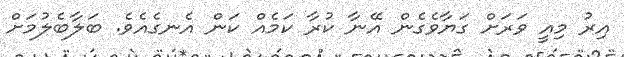
އިރު މިއީ ވަރަށް ގަޔާވެގެން އޭނާ ކުރާ ކަމެއް ކަން އެނގެއެވެ. ބަލާބެލުމަށް